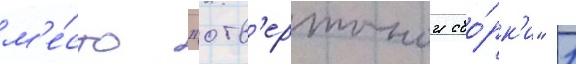
м'е́сто "отв'ерточнои сбо́рк'и" 1